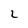
Character: 2